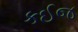
કઈજ